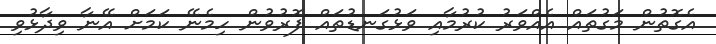
އެގޮތުން މަގުތައް އެއްވަރު ކުރުމާއި ވަޅުގަނޑުތައް ފޮރުވުން ހިމެނޭ ކަމަށް އޭނާ ވިދާޅުވި